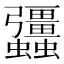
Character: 𧖑